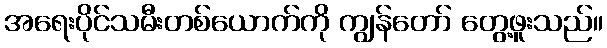
အရေးပိုင်သမီးတစ်ယောက်ကို ကျွန်တော် တွေ့ဖူးသည်။